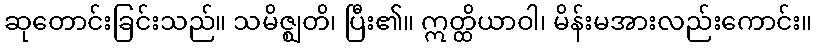
ဆုတောင်းခြင်းသည်။ သမိဇ္ဈတိ၊ ပြီး၏။ ဣတ္ထိယာဝါ၊ မိန်းမအားလည်းကောင်း။